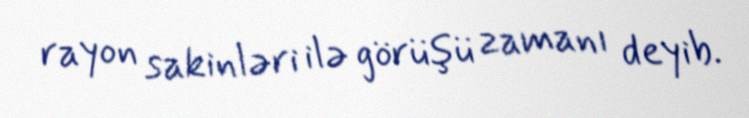
rayon sakinləri ilə görüşü zamanı deyib.